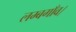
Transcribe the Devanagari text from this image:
लम्बगाँव।